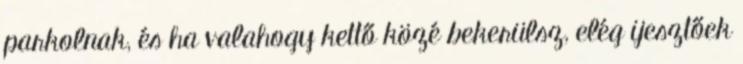
parkolnak, és ha valahogy kettő közé bekerülsz, elég ijesztőek